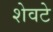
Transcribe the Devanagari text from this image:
शेवटे